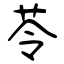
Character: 苓